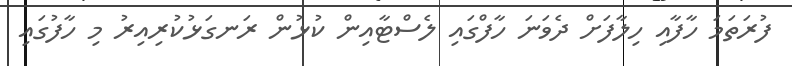
ފުރަތަމަ ހާފާއި ހިލާފަށް ދެވަނަ ހާފްގައި ލެސްޓާއިން ކުޅުން ރަނގަޅުކުރިއިރު މި ހާފުގައި